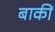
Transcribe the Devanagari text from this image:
बाकीं